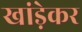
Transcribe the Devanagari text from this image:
खांड़ेकर